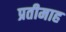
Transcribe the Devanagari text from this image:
प्रतीमाह